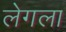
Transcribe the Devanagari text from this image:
लेगला